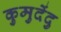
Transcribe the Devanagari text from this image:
कुमुदेंदु